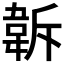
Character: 𩎚